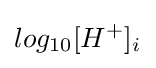
log_{10}[H^{+}]_{i^{}}